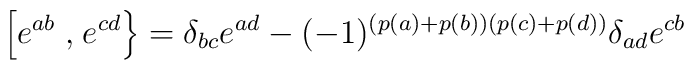
\left[e^{ab}\right.,\left.e^{cd}\right\}=\delta_{bc}e^{ad}-(-1)^{(p(a)+p(b))(p(c)+p(d))}\delta_{ad}e^{cb}